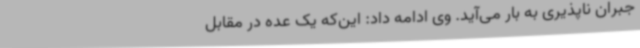
جبران ناپذیری به بار می‌آید. وی ادامه داد: این‌که یک عده در مقابل